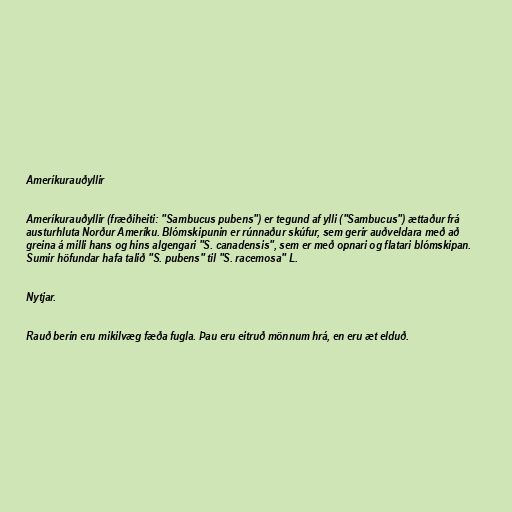
Ameríkurauðyllir

Ameríkurauðyllir (fræðiheiti: "Sambucus pubens") er tegund af ylli ("Sambucus") ættaður frá
austurhluta Norður Ameríku. Blómskipunin er rúnnaður skúfur, sem gerir auðveldara með að
greina á milli hans og hins algengari "S. canadensis", sem er með opnari og flatari blómskipan.
Sumir höfundar hafa talið "S. pubens" til "S. racemosa" L.

Nytjar.

Rauð berin eru mikilvæg fæða fugla. Þau eru eitruð mönnum hrá, en eru æt elduð.